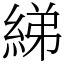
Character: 綈